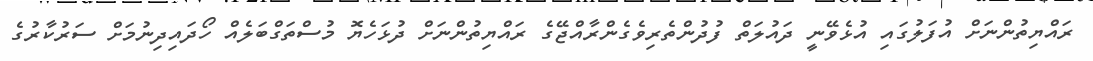
ރައްޔިތުންނަށް އުފަލުގައި އުޅެވޭނީ ދައުލަތް ފުދުންތެރިވެގެންރާއްޖޭގެ ރައްޔިތުންނަށް ދުޅަހެޔޮ މުސްތަގްބަލެއް ހޯދައިދިނުމަށް ސަރުކާރުގެ